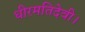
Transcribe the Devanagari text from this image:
धीरमतिदेवी।